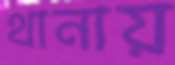
থানায়